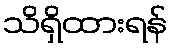
သိရှိထားရန်